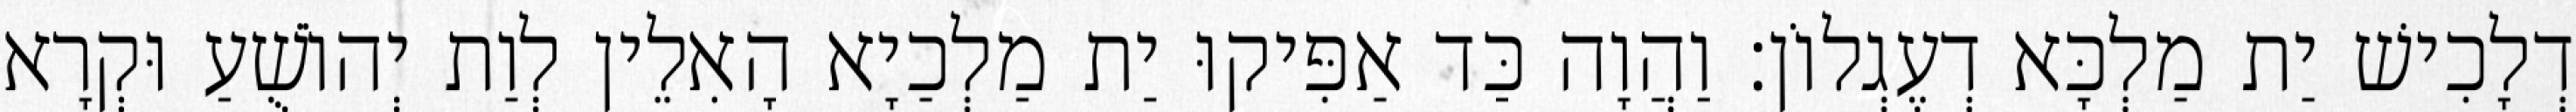
דְלָכִישׁ יַת מַלְכָּא דְעֶגְלוֹן׃ וַהֲוָה כַּד אַפִּיקוּ יַת מַלְכַיָא הָאִלֵין לְוַת יְהוֹשֻׁעַ וּקְרָא